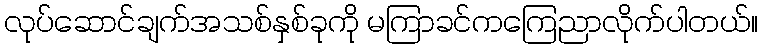
လုပ်ဆောင်ချက်အသစ်နှစ်ခုကို မကြာခင်ကကြေညာလိုက်ပါတယ်။